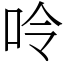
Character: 呤